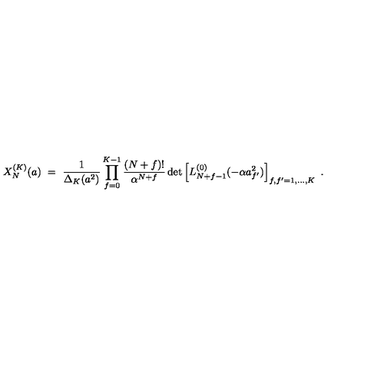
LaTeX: X _ { N } ^ { ( K ) } ( a ) \ = \ \frac { 1 } { \Delta _ { K } ( a ^ { 2 } ) } \prod _ { f = 0 } ^ { K - 1 } \frac { ( N + f ) ! } { \alpha ^ { N + f } } \det \left[ L _ { N + f - 1 } ^ { ( 0 ) } ( - \alpha a _ { f ^ { \prime } } ^ { 2 } ) \right] _ { f , f ^ { \prime } = 1 , \ldots , K } \ .